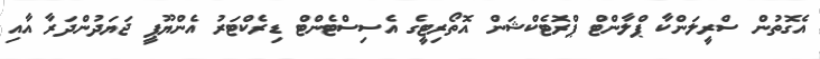
އެގޮތުން ސްރީލަންކާ ޕްލާންޓް ޕްރޮޓެކްޝަން އޮތޯރިޓީގެ އެސިސްޓެންޓް ޑިރެކްޓަރު އެންޔޫޕީ ޖަޔަދުންދަރާ އާއި